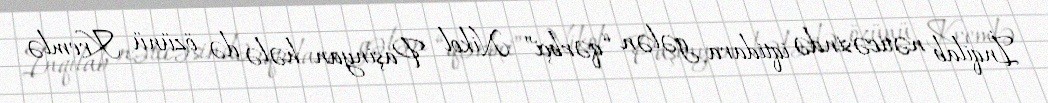
İnqilab nəticəsində iqtidara gələn “qərbçi” Nikol Paşinyan hələ də özünü Kremlə